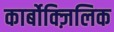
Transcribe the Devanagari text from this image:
कार्बोक्ज़िलिक